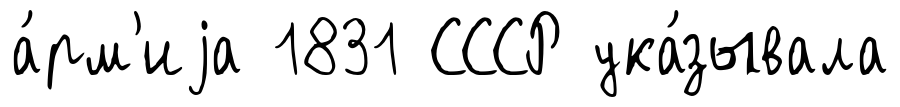
а́рм'иjа 1831 СССР ука́зывала